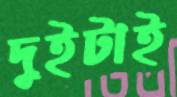
দুইটাই